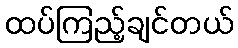
ထပ်ကြည့်ချင်တယ်